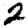
Digit: 2